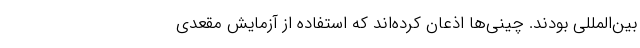
بین‌المللی بودند. چینی‌ها اذعان کرده‌اند که استفاده از آزمایش مقعدی